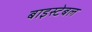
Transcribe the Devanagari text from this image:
बाइस्टेबल